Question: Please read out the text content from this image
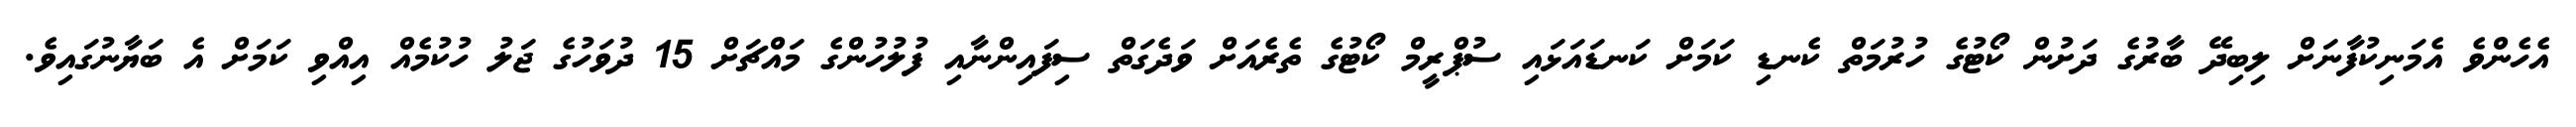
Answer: އެހެންވެ އެމަނިކުފާނަށް ލިބިދޭ ބާރުގެ ދަށުން ކޯޓުގެ ހުރުމަތް ކެނޑި ކަމަށް ކަނޑައަޅައި ސުޕްރީމް ކޯޓުގެ ތެރެއަށް ވަދެގަތް ސިފައިންނާއި ފުލުހުންގެ މައްޗަށް 15 ދުވަހުގެ ޖަލު ހުކުމެއް އިއްވި ކަމަށް އެ ބަޔާނުގައިވެ.